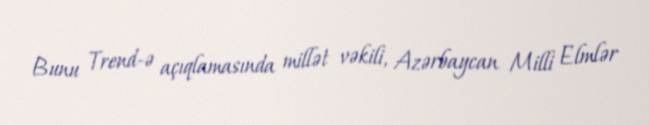
Bunu Trend-ə açıqlamasında millət vəkili, Azərbaycan Milli Elmlər